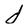
Character: d